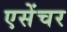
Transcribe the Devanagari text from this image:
एसेंचर